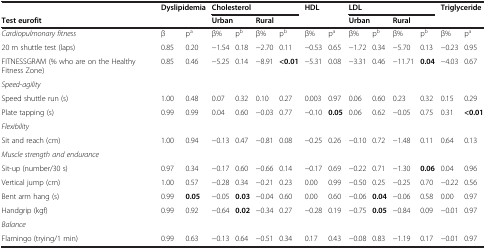
<table><thead><tr><td><b> </b></td><td colspan="2"><b>Dyslipidemia</b></td><td colspan="4"><b>Cholesterol</b></td><td colspan="2"><b>HDL</b></td><td colspan="4"><b>LDL</b></td><td colspan="2"><b>Triglyceride</b></td></tr><tr><td><b>Test eurofit</b></td><td colspan="2"><b> </b></td><td colspan="2"><b>Urban</b></td><td colspan="2"><b>Rural</b></td><td colspan="2"><b> </b></td><td colspan="2"><b>Urban</b></td><td colspan="2"><b>Rural</b></td><td colspan="2"><b> </b></td></tr></thead><tbody><tr><td><i>Cardiopulmonary fitness</i></td><td>β</td><td>p<sup>a</sup></td><td>β%</td><td>p<sup>b</sup></td><td>β%</td><td>p<sup>b</sup></td><td>β%</td><td>p<sup>a</sup></td><td>β%</td><td>p<sup>b</sup></td><td>β%</td><td>p<sup>b</sup></td><td>β%</td><td>p<sup>a</sup></td></tr><tr><td>20 m shuttle test (laps)</td><td>0.85</td><td>0.20</td><td>-1.54</td><td>0.18</td><td>-2.70</td><td>0.11</td><td>-0.53</td><td>0.65</td><td>-1.72</td><td>0.34</td><td>-5.70</td><td>0.13</td><td>-0.23</td><td>0.95</td></tr><tr><td>FITNESSGRAM (% who are on the Healthy Fitness Zone)</td><td>0.85</td><td>0.46</td><td>-5.25</td><td>0.14</td><td>-8.91</td><td><b>&lt;0.01</b></td><td>-5.31</td><td>0.08</td><td>-3.31</td><td>0.46</td><td>-11.71</td><td><b>0.04</b></td><td>-4.03</td><td>0.67</td></tr><tr><td><i>Speed-agility</i></td><td> </td><td> </td><td> </td><td> </td><td> </td><td> </td><td> </td><td> </td><td> </td><td> </td><td> </td><td> </td><td> </td><td> </td></tr><tr><td>Speed shuttle run (s)</td><td>1.00</td><td>0.48</td><td>0.07</td><td>0.32</td><td>0.10</td><td>0.27</td><td>0.003</td><td>0.97</td><td>0.06</td><td>0.60</td><td>0.23</td><td>0.32</td><td>0.15</td><td>0.29</td></tr><tr><td>Plate tapping (s)</td><td>0.99</td><td>0.99</td><td>0.04</td><td>0.60</td><td>-0.03</td><td>0.77</td><td>-0.10</td><td><b>0.05</b></td><td>0.06</td><td>0.62</td><td>-0.05</td><td>0.75</td><td>0.31</td><td><b>&lt;0.01</b></td></tr><tr><td><i>Flexibility</i></td><td> </td><td> </td><td> </td><td> </td><td> </td><td> </td><td> </td><td> </td><td> </td><td> </td><td> </td><td> </td><td> </td><td> </td></tr><tr><td>Sit and reach (cm)</td><td>1.00</td><td>0.94</td><td>-0.13</td><td>0.47</td><td>-0.81</td><td>0.08</td><td>-0.25</td><td>0.26</td><td>-0.10</td><td>0.72</td><td>-1.48</td><td>0.11</td><td>0.64</td><td>0.13</td></tr><tr><td><i>Muscle strength and endurance</i></td><td> </td><td> </td><td> </td><td> </td><td> </td><td> </td><td> </td><td> </td><td> </td><td> </td><td> </td><td> </td><td> </td><td> </td></tr><tr><td>Sit-up (number/30 s)</td><td>0.97</td><td>0.34</td><td>-0.17</td><td>0.60</td><td>-0.66</td><td>0.14</td><td>-0.17</td><td>0.69</td><td>-0.22</td><td>0.71</td><td>-1.30</td><td><b>0.06</b></td><td>0.04</td><td>0.96</td></tr><tr><td>Vertical jump (cm)</td><td>1.00</td><td>0.57</td><td>-0.28</td><td>0.34</td><td>-0.21</td><td>0.23</td><td>0.00</td><td>0.99</td><td>-0.50</td><td>0.25</td><td>-0.25</td><td>0.70</td><td>-0.22</td><td>0.56</td></tr><tr><td>Bent arm hang (s)</td><td>0.99</td><td><b>0.05</b></td><td>-0.05</td><td><b>0.03</b></td><td>-0.04</td><td>0.60</td><td>0.00</td><td>0.60</td><td>-0.06</td><td><b>0.04</b></td><td>-0.06</td><td>0.58</td><td>0.00</td><td>0.97</td></tr><tr><td>Handgrip (kgf)</td><td>0.99</td><td>0.92</td><td>-0.64</td><td><b>0.02</b></td><td>-0.34</td><td>0.27</td><td>-0.28</td><td>0.19</td><td>-0.75</td><td><b>0.05</b></td><td>-0.84</td><td>0.09</td><td>-0.01</td><td>0.97</td></tr><tr><td><i>Balance</i></td><td> </td><td> </td><td> </td><td> </td><td> </td><td> </td><td> </td><td> </td><td> </td><td> </td><td> </td><td> </td><td> </td><td> </td></tr><tr><td>Flamingo (trying/1 min)</td><td>0.99</td><td>0.63</td><td>-0.13</td><td>0.64</td><td>-0.51</td><td>0.34</td><td>0.17</td><td>0.43</td><td>-0.08</td><td>0.83</td><td>-1.19</td><td>0.17</td><td>-0.01</td><td>0.97</td></tr></tbody></table>